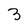
Character: 3